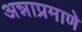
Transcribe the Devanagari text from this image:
अन्नाप्रमाणे